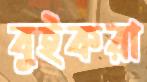
বুইকরা